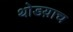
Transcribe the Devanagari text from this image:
थोडय़ाच